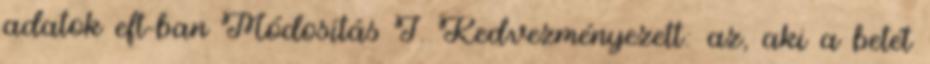
adatok eft-ban Módosítás I. Kedvezményezett: az, aki a betét